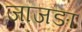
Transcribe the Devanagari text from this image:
जाजङा